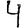
Digit: 4